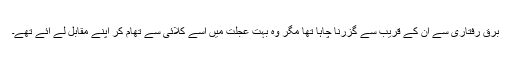
برق رفتاری سے ان کے قریب سے گزرنا چاہا تھا مگر وہ بہت عجلت میں اسے کلائی سے تھام کر اپنے مقابل لے آئے تھے۔